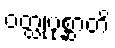
ဝတ္ထုပုစ္ဆာတိ